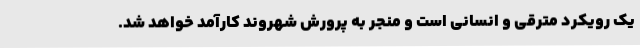
یک رویکرد مترقی و انسانی است و منجر به پرورش شهروند کارآمد خواهد شد.